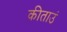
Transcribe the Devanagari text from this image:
कीताउं